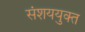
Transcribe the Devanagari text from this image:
संशययुक्त